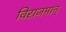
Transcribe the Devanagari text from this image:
विराजमान्